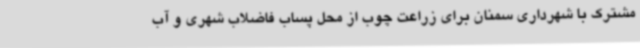
مشترک با شهرداری سمنان برای زراعت چوب از محل پساب فاضلاب شهری و آب